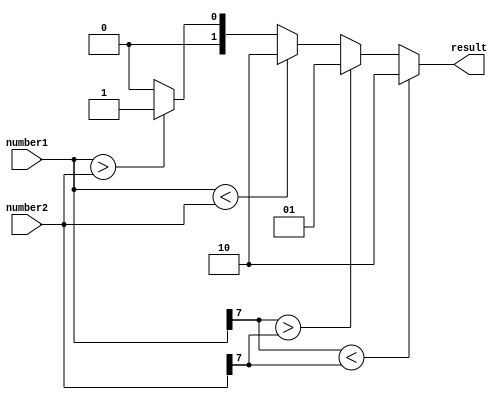
module signed_magnitude_comparator (
    input signed [7:0] number1,
    input signed [7:0] number2,
    output reg [1:0] result
);

assign result = (number1[7] < number2[7]) ? 2'b10 : 
                (number1[7] > number2[7]) ? 2'b01 : 
                (number1 < number2) ? 2'b10 :
                (number1 > number2) ? 2'b01 :
                2'b00;

endmodule